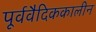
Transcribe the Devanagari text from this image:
पूर्ववैदिककालीन